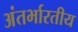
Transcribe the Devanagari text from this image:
अंतर्भारतीय